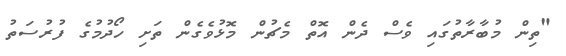
"ތިން މުބާރާތުގައި ވެސް ދެން އޮތް މެޗުން މޮޅުވެގެން ތަށި ހޯދުމުގެ ފުރުސަތު